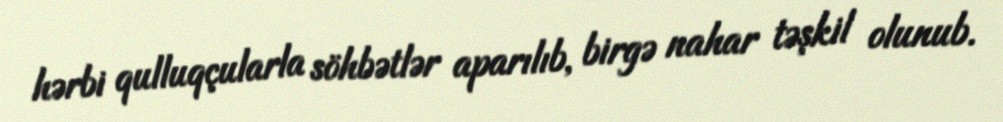
hərbi qulluqçularla söhbətlər aparılıb, birgə nahar təşkil olunub.